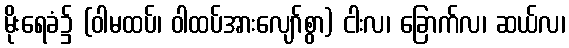
မိုးရေခံ၌ (ဝါမထပ်၊ ဝါထပ်အားလျော်စွာ) ငါးလ၊ ခြောက်လ၊ ဆယ်လ၊